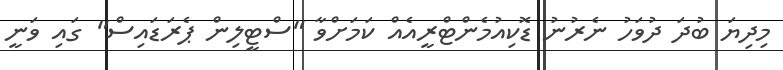
މިދިޔަ ބުދަ ދުވަހު ނެރުނު ޑޮކިއުމެންޓްރީއެއް ކަމަށްވާ "ސްޓީލިން ޕެެރަޑައިސް" ގައި ވަނީ